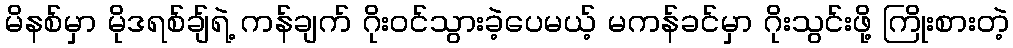
မိနစ်မှာ မိုဒရစ်ချ်ရဲ့ ကန်ချက် ဂိုးဝင်သွားခဲ့ပေမယ့် မကန်ခင်မှာ ဂိုးသွင်းဖို့ ကြိုးစားတဲ့